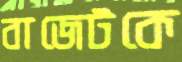
বাজেটকে